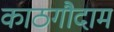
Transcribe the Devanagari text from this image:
काठगौदाम